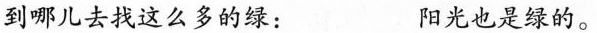
到哪儿去找这么多的绿： 阳光也是绿的。